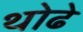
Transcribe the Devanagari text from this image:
थोढे